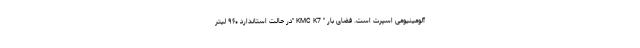
آلومینیومی اسپرت است. فضای بار " KMC K7 "در حالت استاندارد ۹۶۰ لیتر